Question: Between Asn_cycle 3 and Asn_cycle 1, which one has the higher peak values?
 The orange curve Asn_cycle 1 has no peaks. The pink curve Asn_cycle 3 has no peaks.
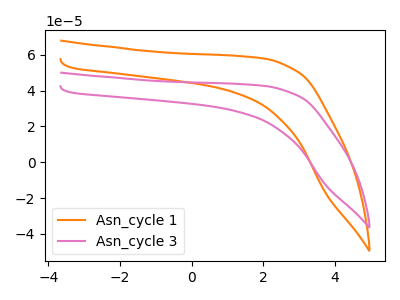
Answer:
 <answer>Niether CV has any peaks.</answer>
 <eval>blanks</eval>